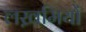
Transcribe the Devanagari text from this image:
लख़मियों